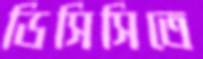
ডিসিসিতে